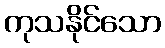
ကုသနိုင်သော